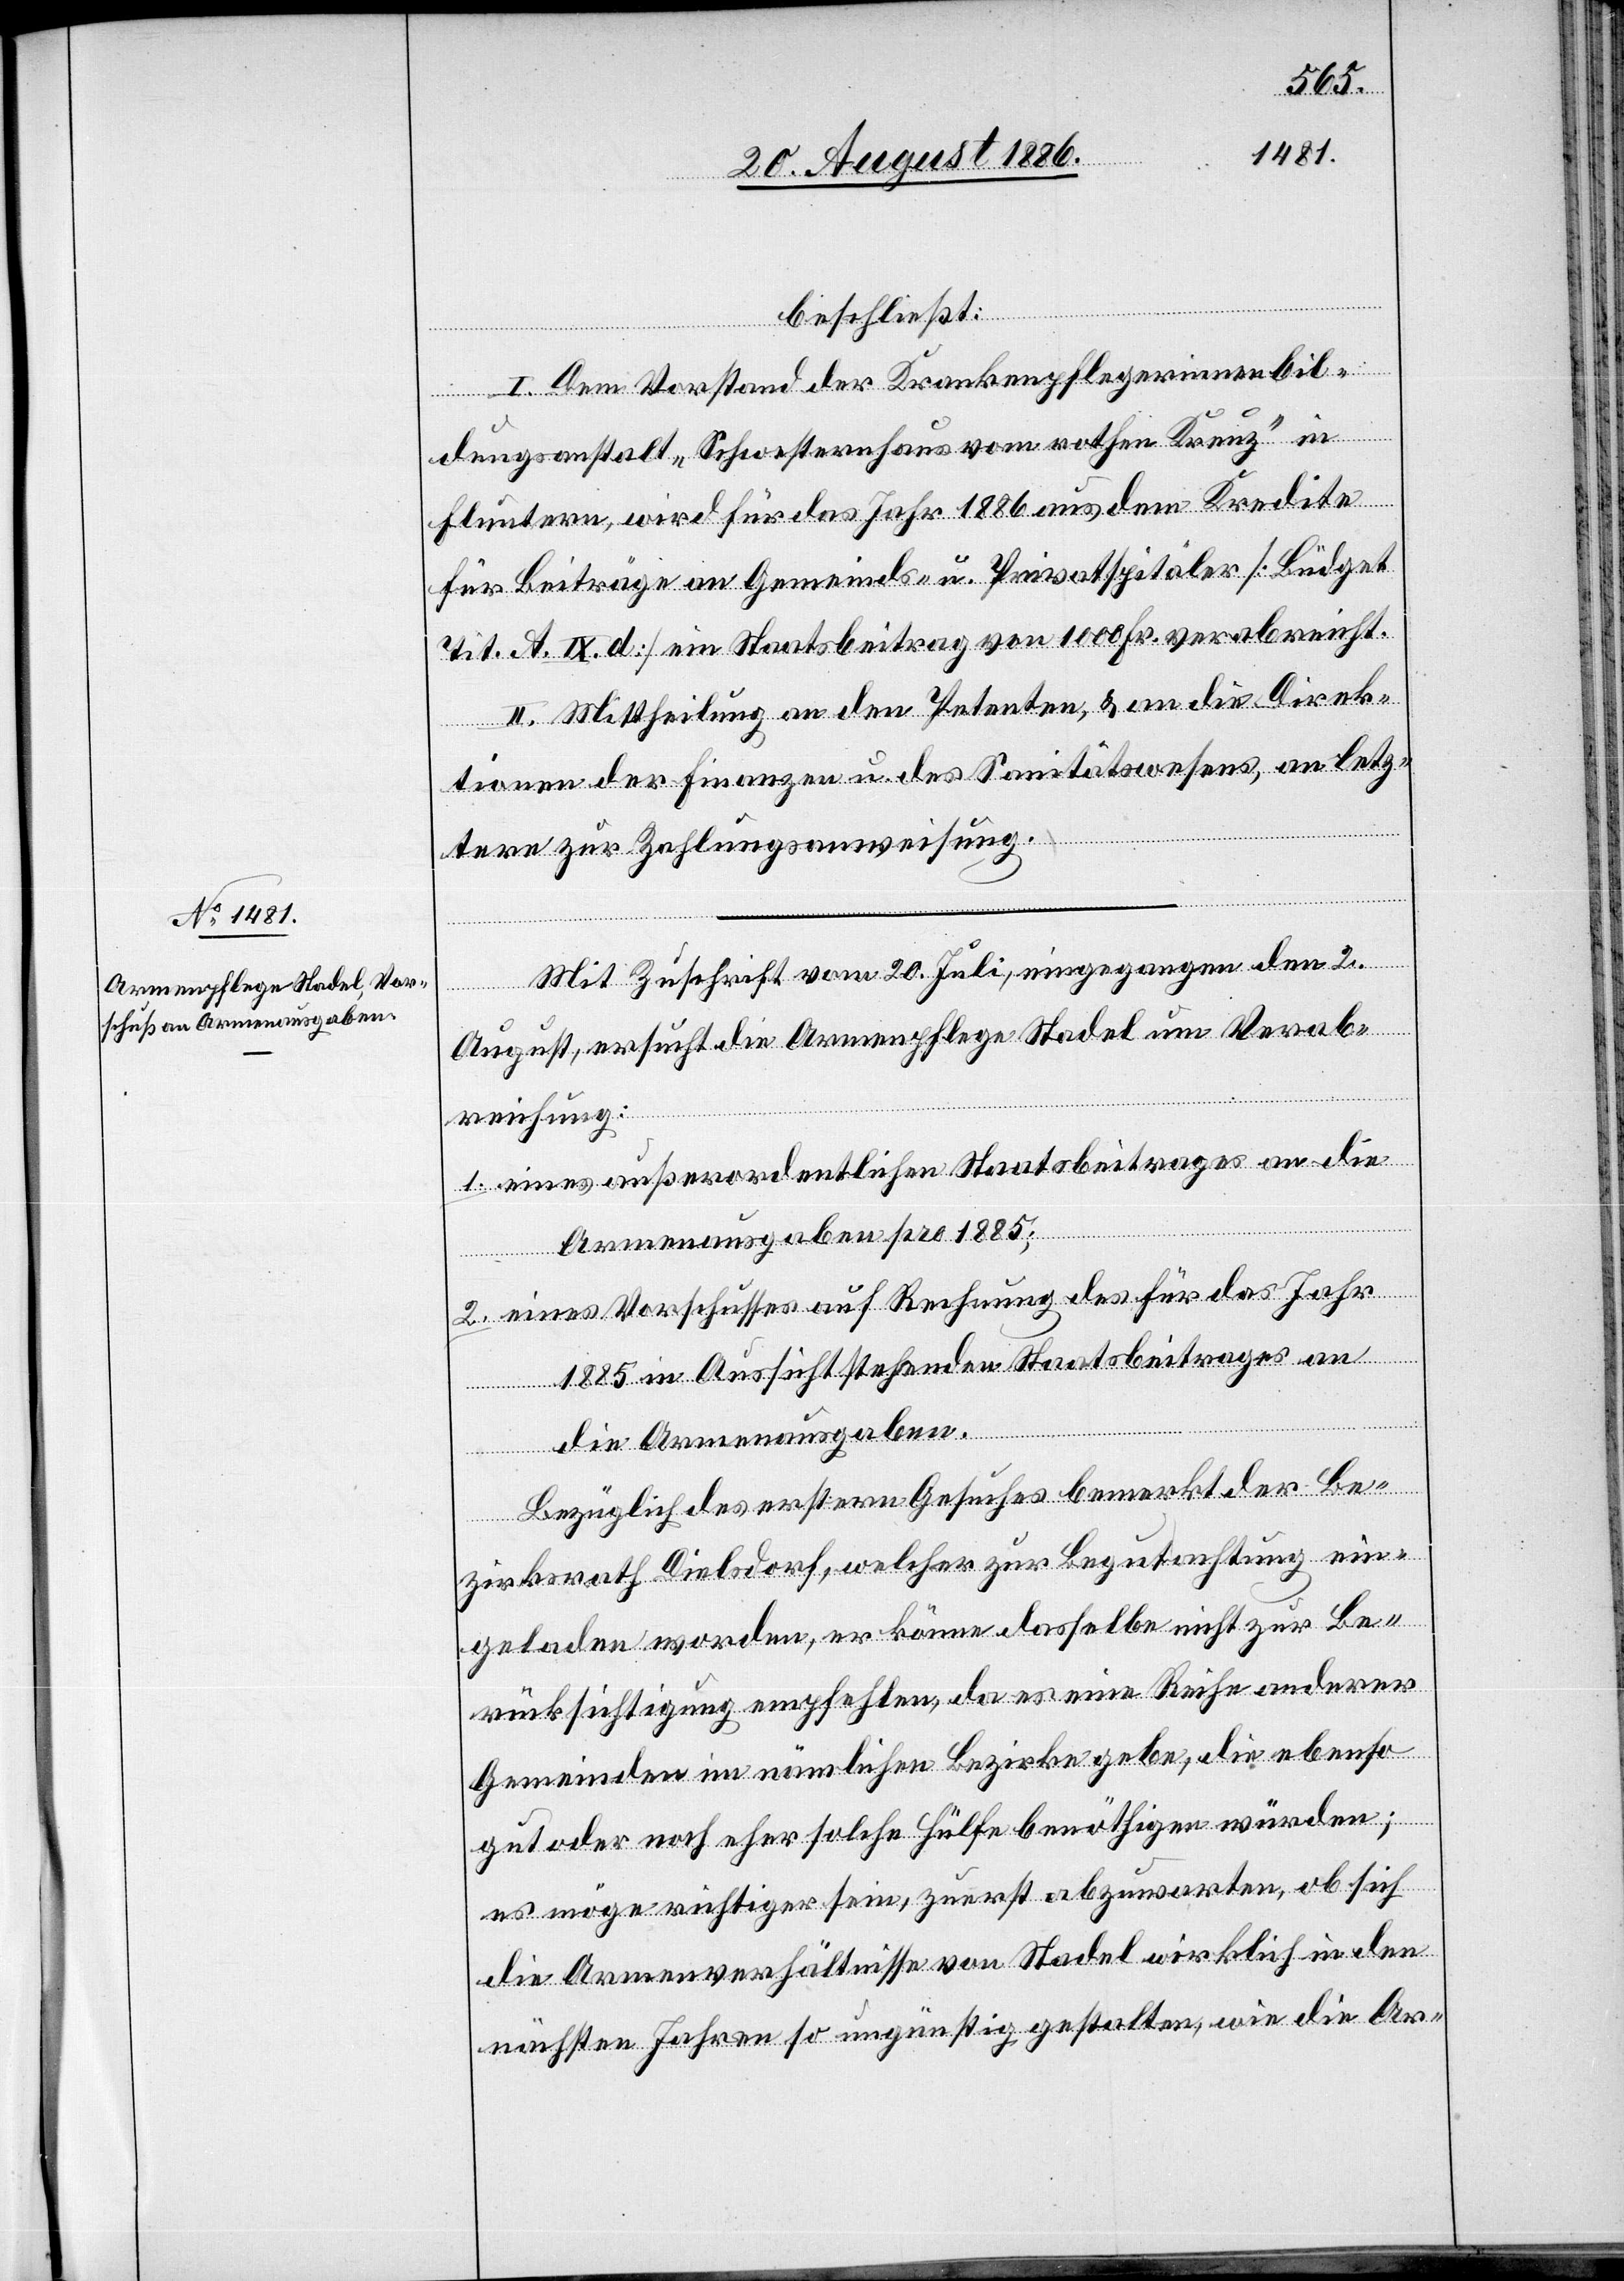
beschließt:
I. Dem Vorstand der Krankenpflegerinnenbil¬
dungsanstalt „Schwesternhaus vom rothen Kreuz“ in
Fluntern, wird für das Jahr 1886 aus dem Kredite
für Beiträge an Gemeinds- u. Privatspitäler [Büdget
Tit. A. IX. d.] ein Staatsbeitrag von 1000 Fr. verabreicht.
II. Mittheilung an den Petenten, & an die Direk¬
tionen der Finanzen u. des Sanitätswesens, an letz¬
tere zur Zahlungsanweisung.
Mit Zuschrift vom 20. Juli, eingegangen den 2.
August, ersucht die Armenpflege Stadel um Verab¬
reichung:
1. eines außerordentlichen Staatsbeitrages an die
Armenausgaben pro 1885;
2. eines Vorschusses auf Rechnung des für das Jahr
1885 in Aussicht stehenden Staatsbeitrages an
die Armenausgaben.
Bezüglich des erstern Gesuches bemerkt der Be¬
zirksrath Dielsdorf, welcher zur Begutachtung ein¬
geladen worden, er könne dasselbe nicht zur Be¬
rücksichtigung empfehlen, da es eine Reihe anderer
Gemeinden im nämlichen Bezirke gebe, die ebenso
gut oder noch eher solche Hülfe benöthigen würden;
es möge richtiger sein, zuerst abzuwarten, ob sich
die Armenverhältnisse von Stadel wirklich in den
nächsten Jahren so ungünstig gestalten, wie die Ar-